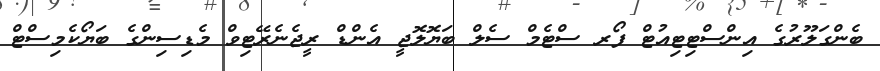
ބެންގަލޫރުގެ އިންސްޓިޓިއުޓް ފޯރ ސްޓެމް ސެލް ބަޔޮލޮޖީ އެންޑް ރީޖެނެރޭޓިވް މެޑިސިންގެ ބަޔޯކެމިސްޓް